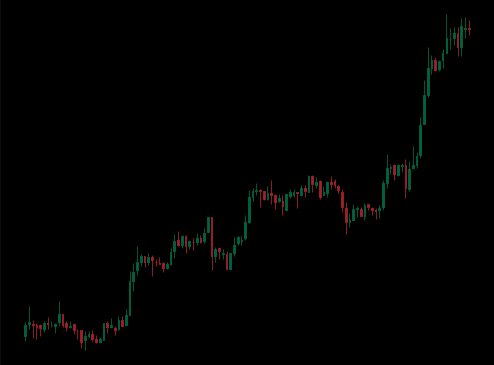
Pattern: unclassified